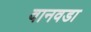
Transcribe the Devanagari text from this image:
वानवडा